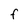
Character: F